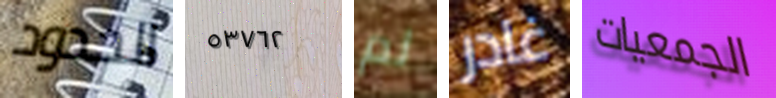
الحدود ٥٣٧٦٢ لم غادر الجمعيات